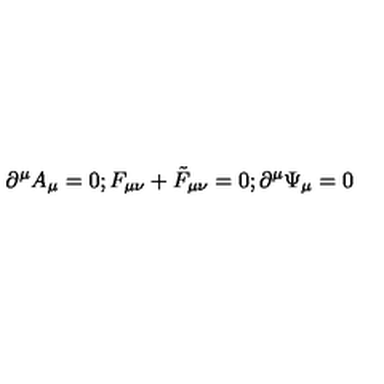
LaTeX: \, \partial ^ { \mu } A _ { \mu } = 0 ; F _ { \mu \nu } + { \tilde { F } } _ { \mu \nu } = 0 ; \partial ^ { \mu } \Psi _ { \mu } = 0